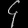
Digit: ၄